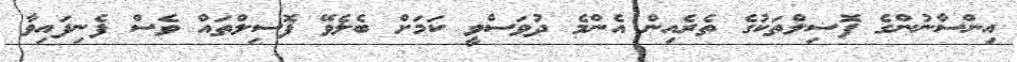
އިންސާނުންގެ ފޮސިލްތަކުގެ ތެރެއިން އެންމެ ދުވަސްވީ ކަމަށް ބެލެވޭ ފޮސިލްތައް ވެސް ފެނިފައިވާ